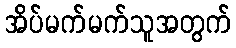
အိပ်မက်မက်သူအတွက်